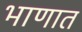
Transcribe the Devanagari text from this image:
भाणात